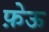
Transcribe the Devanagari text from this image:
फ़ेऊ